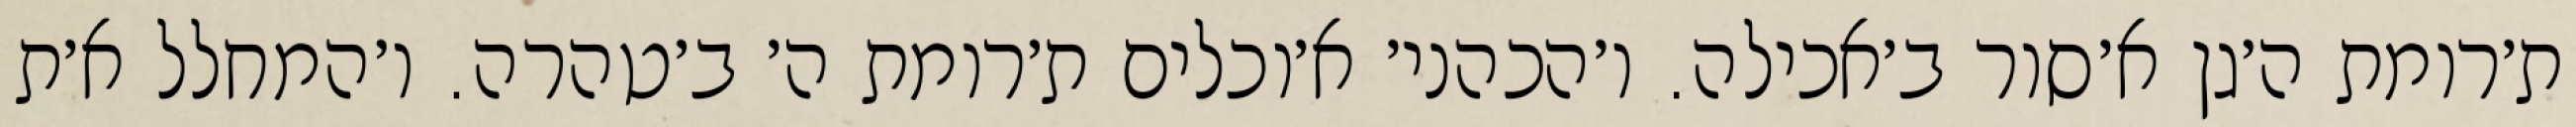
ת׳רומת ה׳גן א׳סור ב׳אכילה. ו׳הכהני׳ א׳וכלים ת׳רומת ה׳ ב׳טהרה. ו׳המחלל א׳ת